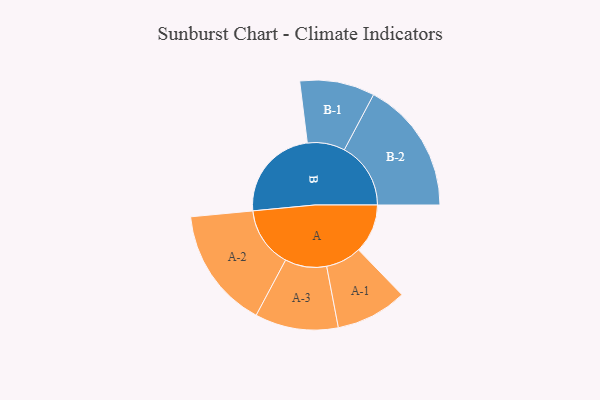
{"axis": {"x": "Segment", "y": "Value"}, "legend": ["", "A", "B"], "data": [{"x": "A", "y": 190, "type": ""}, {"x": "B", "y": 366, "type": ""}, {"x": "A-1", "y": 138, "type": "A"}, {"x": "A-2", "y": 234, "type": "A"}, {"x": "A-3", "y": 161, "type": "A"}, {"x": "B-1", "y": 145, "type": "B"}, {"x": "B-2", "y": 257, "type": "B"}]}